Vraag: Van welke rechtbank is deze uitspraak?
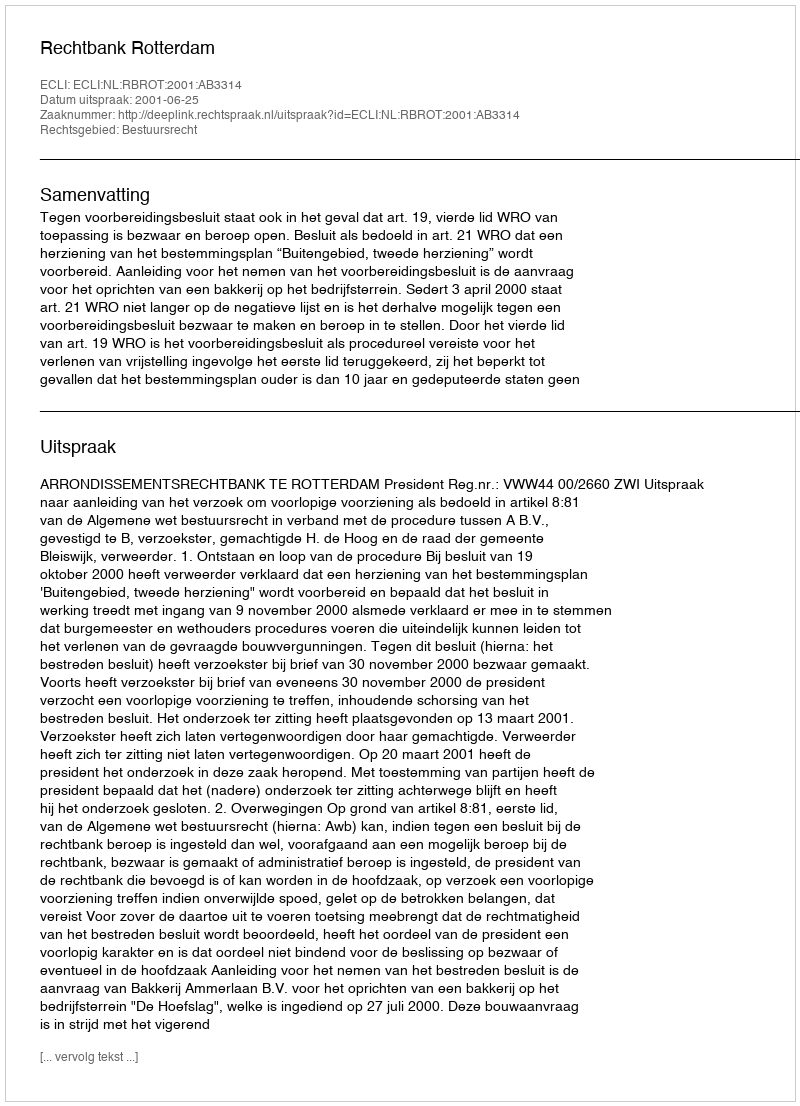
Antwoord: Rechtbank Rotterdam